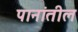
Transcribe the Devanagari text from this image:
पानांतील